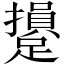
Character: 𨆥